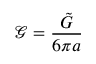
\mathcal { G } = \frac { \tilde { G } } { 6 \pi a }